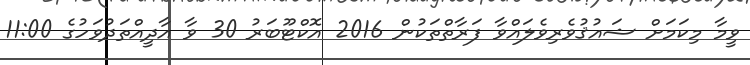
ވީމާ މިކަމަށް ޝައުޤުވެރިވެލައްވާ ފަރާތްތަކުން 2016 އޮކްޓޫބަރު 30 ވާ އާދީއްތަދުވަހުގެ 11:00